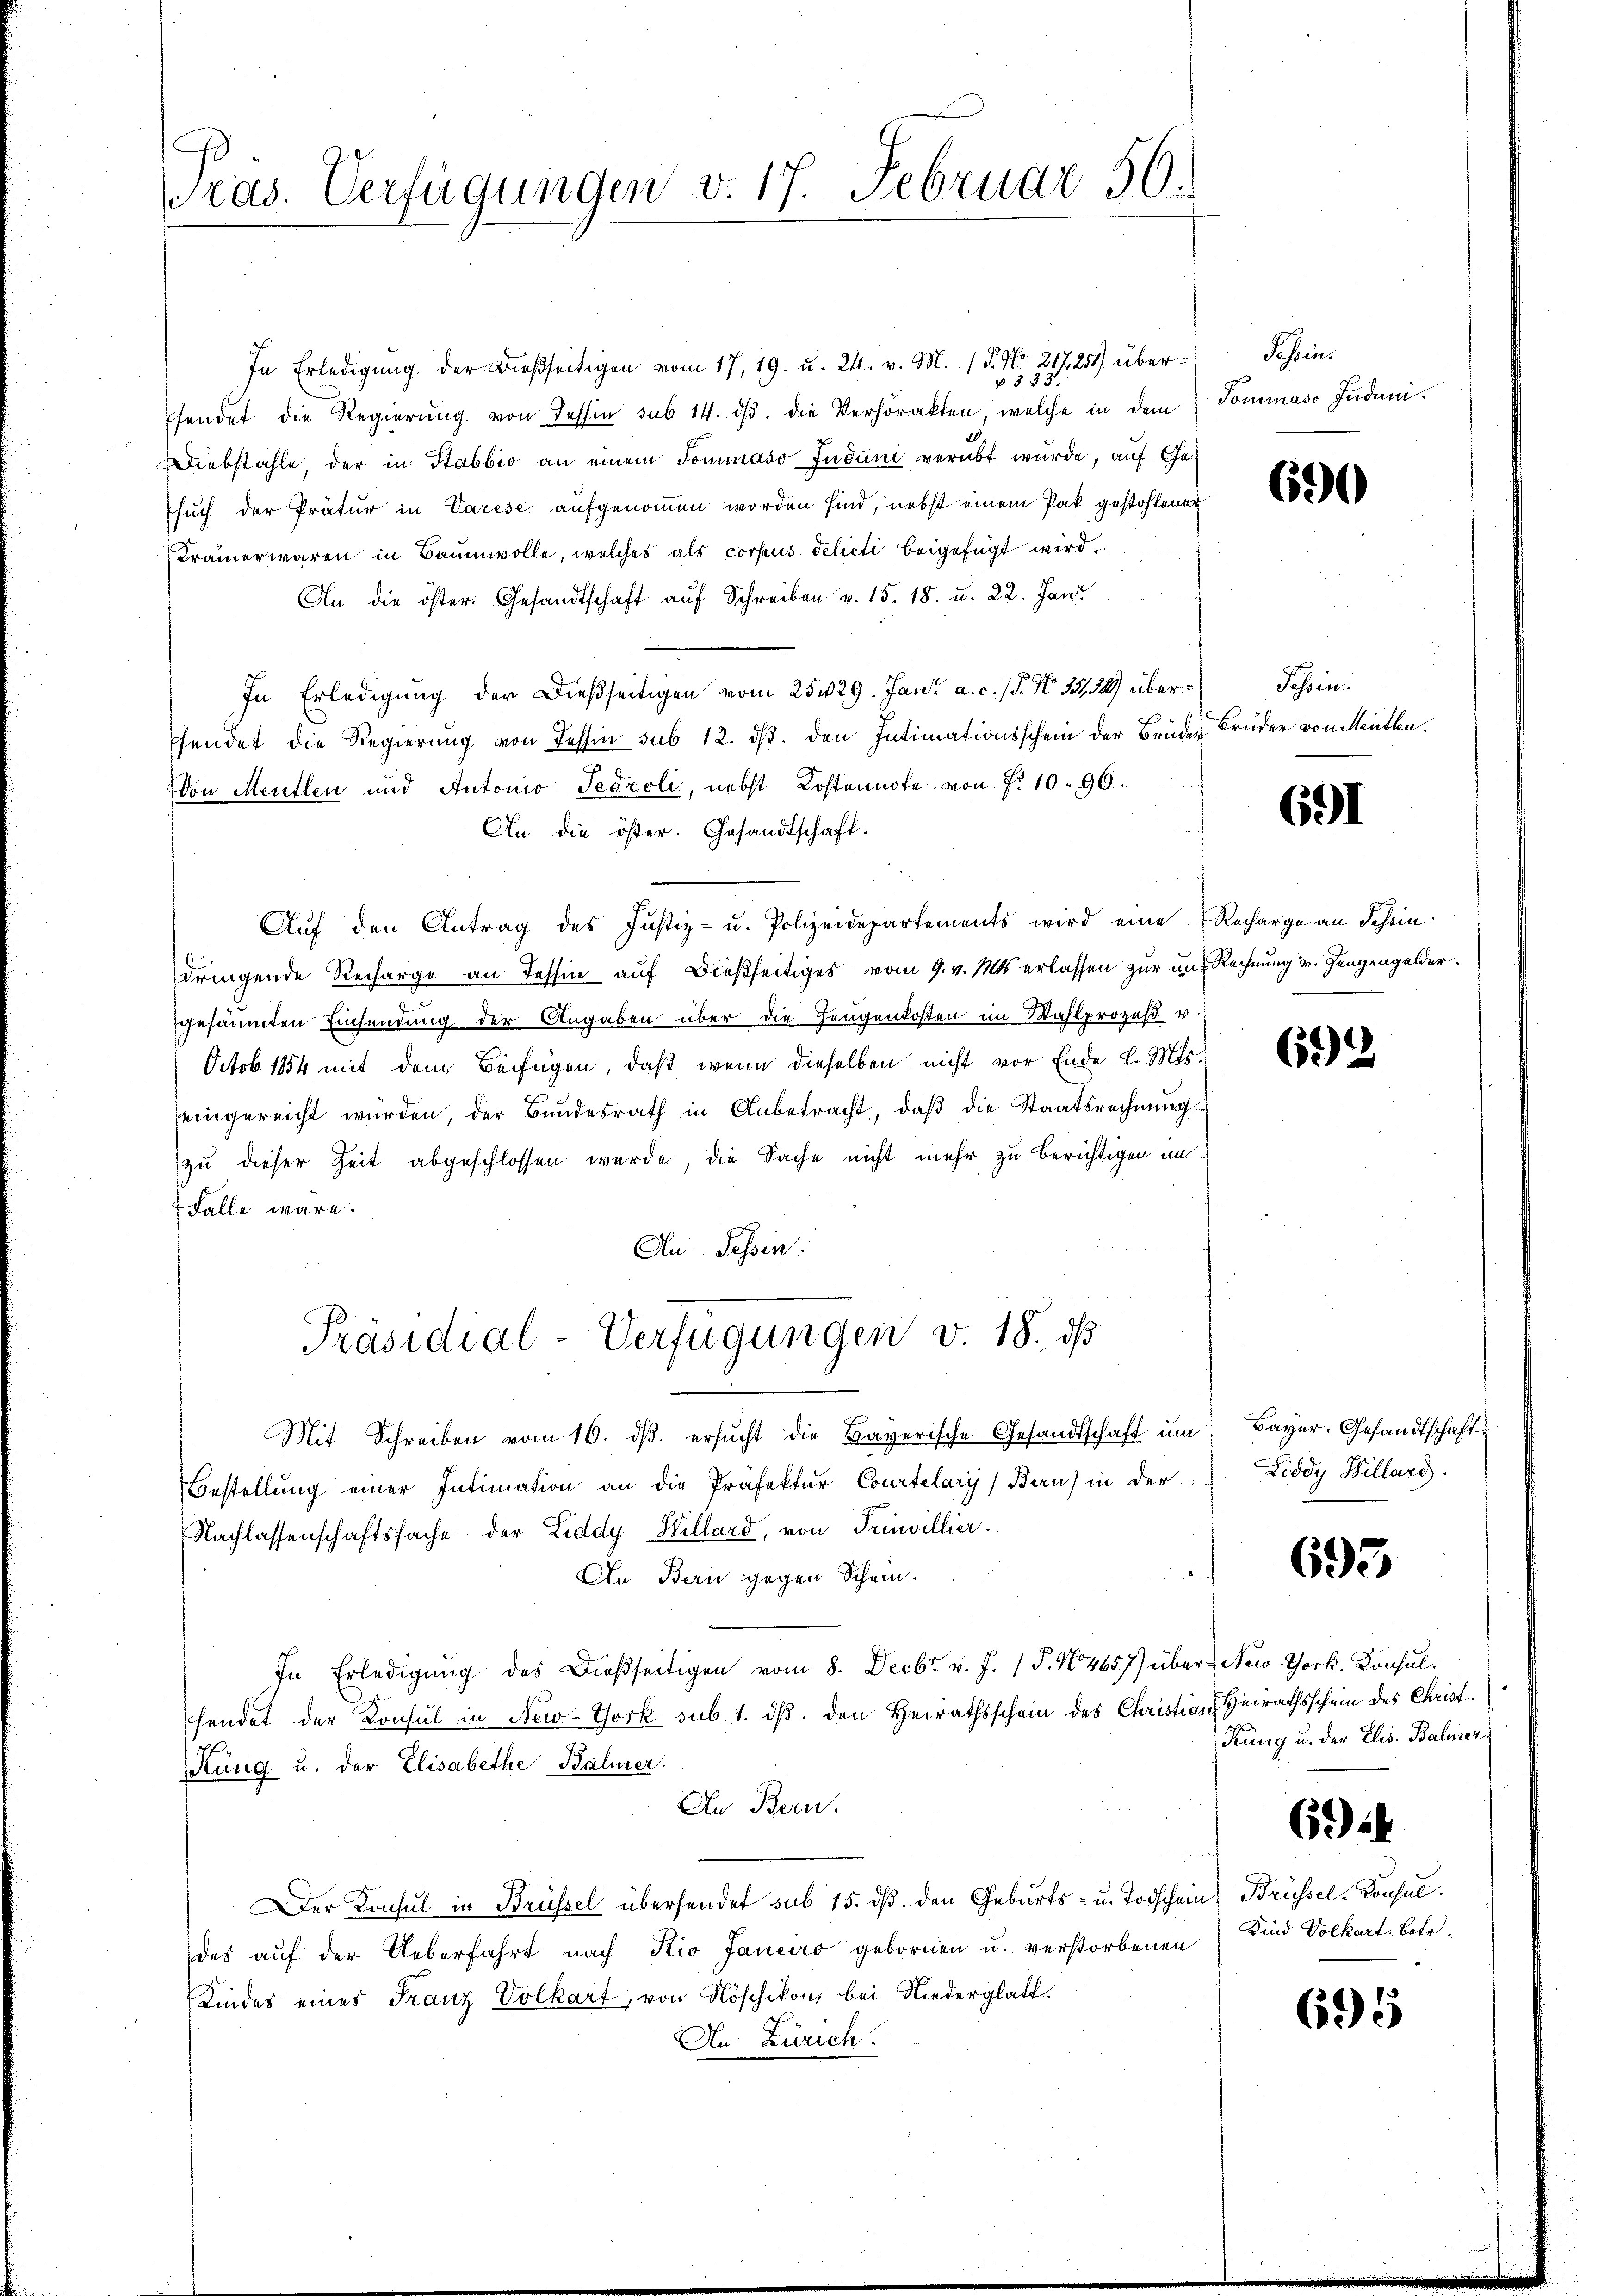
ras. Verfügungen v. 17. Februar 50.

In Erledigung der Bießseitigen vom 17. 19. u. 24. v. M. / 5. No. 217,251) über¬
§ 333
sendet die Regierung von Tessin sub 14. dβ. die Verhörakten, welche in dem Sommaso Judani¬
Diebstahle, der in Stabbio an einem Sommaso Juduni verübt wurde, auf Ge-
Esuch der Prätur in Varese aufgenommen worden sind, nebst einem Pak gestohlener
Krämer waren in Baumwolle, welches als corpus delicti beigefügt wird,
An die öster. Gesandtschaft auf Schreiben v. 15. 18. u. 22. Jan
In Erledigŭng der dießseitigen vom 25429. Jani a. c. (T. N. 1338) über-Tessin.
pfendet die Regierung von Tessin sub 12. ds. den Intimationsschein der Brüder Brüder von Mentha
Von Mentlen und Antonio Tedroli, nebst Kostennote von No 1096.
An die öster. Gesandtschaft.
Aŭf den Antrag des Justiz- u. Polizeidepartements wird eine Recharge an Schein:
dringende Recharge an Tessin auf dießseitiges vom 9. v. Mts. erlassen zur und Rechnung v. Zeugengelder.
gesäumten Einsendung der Angaben über die Zeugenkosten im Wahlprozeß u.
Octob. 1854 mit dem Beifügen, daß wenn dieselben nicht vor Ende l. Mts.
eingereicht würden, der Bundesrath in Anbetracht, daβ die Staatsrechnŭng
zu dieser Zeit abgeschlossen werde, die Sache nicht mehr zu berichtigen im
Falle wäre.
An Tessin:
Präsidial-Verfügungen v. 18. ds
Mit Schreiben vom 16. dβ. ersucht die Bayerische Gesandtschaft um
Bestellung einer Intimation an die Präfektur Courtelaryj) Bau) in der
Nachlassenschaftssache der Eiddy Hillard, von Trinvillier.
An Bern gegen Schein.
In Erledigŭng des Dießseitigen vom 8. Decbr. v. J. P. No 4657) über New-York. Konsulfendet der Konsul in New-York sub. 1. ds. den Heirathsschein des Christian Heirathsschein des Christ.
sung u. der Elisabethe Bähner.
An Bern.
Der Konsul in Brüssel übersendet sub 15. ds. den Geburts- u. Todschein Brüssel-Konsuldes auf der Ueberfahrt nach Kio Janeiro gebornen u. verstorbenen
Kindes eines Franz Volkart, von Nöschikon, bei Niederglatt.
An Zürich.

Schreins

690

691

693

Bayer. Gesandtschaft
Liddy Willard.

695

Krung u. der Elis. Baliner

62)

Kind Volkart, Betr.

695